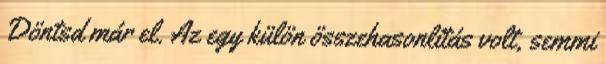
Döntsd már el. Az egy külön összehasonlítás volt, semmi